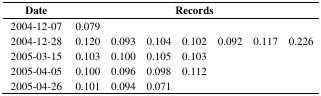
| Date | <COLSPAN=7> Records |
 | --- | --- | --- | --- | --- | --- | --- | --- |
 | 2004-12-07 | 0.079 |  |  |  |  |  |  |
 | 2004-12-28 | 0.120 | 0.093 | 0.104 | 0.102 | 0.092 | 0.117 | 0.226 |
 | 2005-03-15 | 0.103 | 0.100 | 0.105 | 0.103 |  |  |  |
 | 2005-04-05 | 0.100 | 0.096 | 0.098 | 0.112 |  |  |  |
 | 2005-04-26 | 0.101 | 0.094 | 0.071 |  |  |  |  |